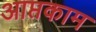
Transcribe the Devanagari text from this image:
आप्तकाम